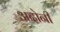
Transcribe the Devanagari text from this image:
अदोनी